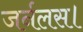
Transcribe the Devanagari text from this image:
जर्नलस।